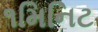
૧મિનિટ